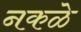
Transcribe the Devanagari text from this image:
नकळे